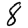
Digit: 8